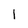
Character: l